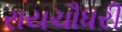
રાયચૌધરી